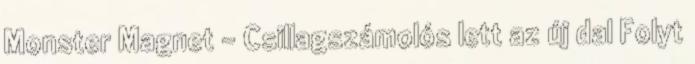
Monster Magnet – Csillagszámolós lett az új dal Folyt